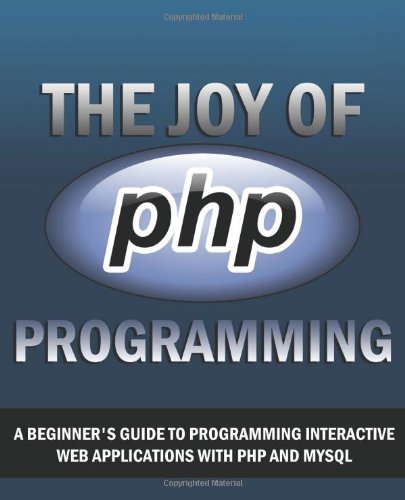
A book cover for The Joy of PHP: A Beginner's Guide to Programming Interactive Web Applications with PHP and mySQL; Alan Forbes; Computers & Technology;